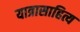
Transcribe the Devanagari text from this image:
यात्रासाहित्य